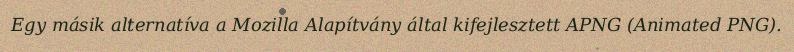
Egy másik alternatíva a Mozilla Alapítvány által kifejlesztett APNG (Animated PNG).